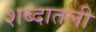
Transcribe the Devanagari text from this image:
शब्दातली